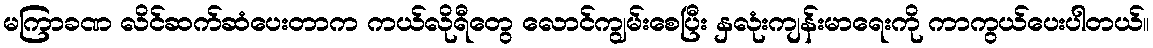
မကြာခဏ လိင်ဆက်ဆံပေးတာက ကယ်လိုရီတွေ လောင်ကျွမ်းစေပြီး နှလုံးကျန်းမာရေးကို ကာကွယ်ပေးပါတယ်။